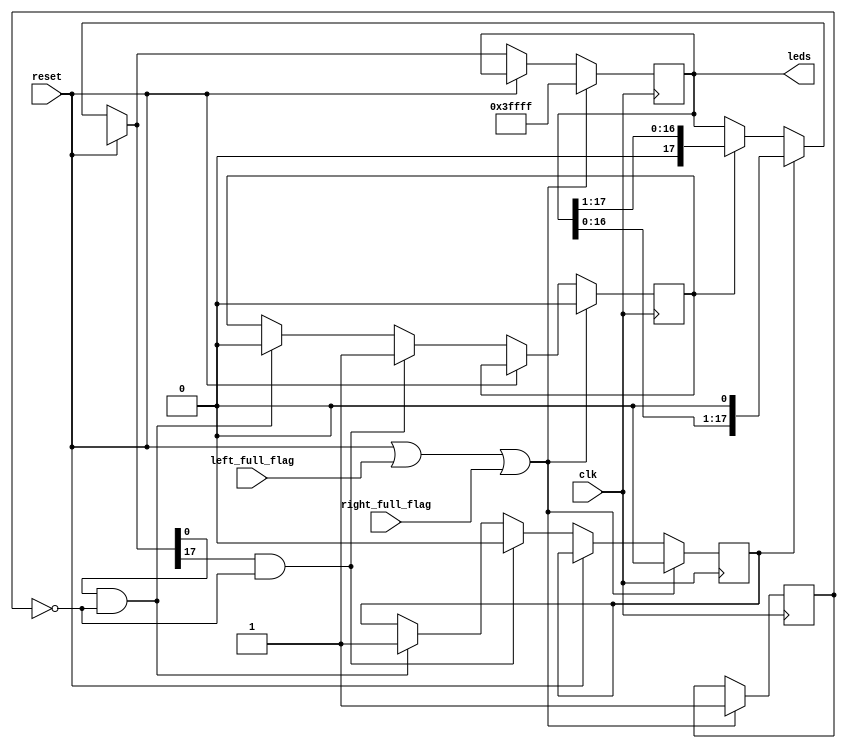
module dancing_led(clk,reset,left_full_flag,right_full_flag,leds);
input clk;
input reset,left_full_flag,right_full_flag;
output reg [17:0] leds;
reg left,right;
reg flag=1'b0;

initial
begin
	leds=18'b1;
	left=1'b1;
	right=1'b0;	
end

always @(posedge clk)
begin
	if(reset==1'b0)
	begin
		if(left==1)
			leds=leds<<1;
		else if(right==1)
			leds=leds>>1;
			
		if( leds[0] && flag==1'b0 )
		begin
			left=1'b1;
			right=1'b0;
		end
		
		if(leds[17] && flag==1'b0 )
		begin
			left=1'b0;
			right=1'b1;
		end
	end
	if(reset==1'b1 || (left_full_flag) || (right_full_flag ))
	begin
		flag=1'b1;
		right=1'b0;
		left=1'b0;
		leds=18'b111111111111111111;
	end
end

endmodule